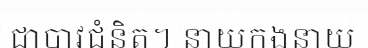
ជាបាវជំនិត។ នាយកងនាយ